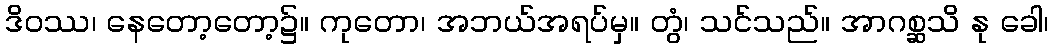
ဒိဝဿ၊ နေတော့တော့၌။ ကုတော၊ အဘယ်အရပ်မှ။ တွံ၊ သင်သည်။ အာဂစ္ဆသိ နု ခေါ၊